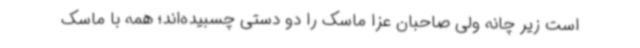
است زیر چانه ولی صاحبان عزا ماسک را دو دستی چسبیده‌اند؛‌ همه با ماسک